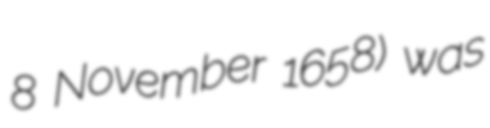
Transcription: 8 November 1658) was